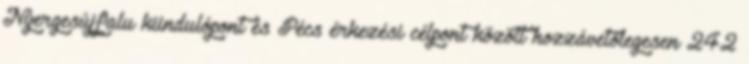
Nyergesújfalu kiindulópont és Pécs érkezési célpont között hozzávetőlegesen 242